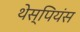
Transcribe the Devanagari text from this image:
थेस्पियंस